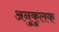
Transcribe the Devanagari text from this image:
अनुकुलक